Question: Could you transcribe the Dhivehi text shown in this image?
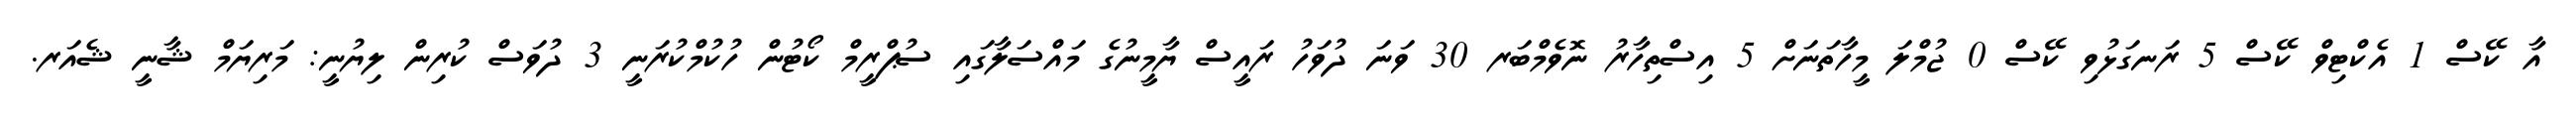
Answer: އާ ކޭސް 1 އެކްޓިވް ކޭސް 5 ރަނގަޅުވި ކޭސް 0 ޖުމްލަ މީހާތަނަށް 5 އިސްތިހާރު ނޮވެމްބަރ 30 ވަނަ ދުވަހު ރައީސް ޔާމީނުގެ މައްސަލާގައި ސުޕްރީމް ކޯޓުން ހުކުމްކުރަނީ 3 ދުވަސް ކުރިން ލިޔުނީ: މަރިޔަމް ޝާނީ ޝެއަރ.